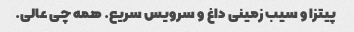
پیتزا و سیب زمینی داغ و سرویس سریع. همه چی عالی.